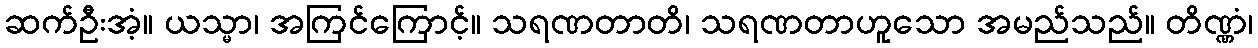
ဆက်ဦးအံ့။ ယသ္မာ၊ အကြင်ကြောင့်။ သရဏတာတိ၊ သရဏတာဟူသော အမည်သည်။ တိဏ္ဏံ၊